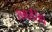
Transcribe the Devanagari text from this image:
समरसिंघे